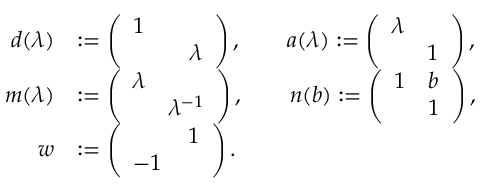
\begin{array} { r l } { d ( \lambda ) } & { : = \left( \begin{array} { l l } { 1 } & \\ & { \quad \lambda } \end{array} \right) , \qquad a ( \lambda ) : = \left( \begin{array} { l l } { \lambda } & \\ & { 1 } \end{array} \right) , } \\ { m ( \lambda ) } & { : = \left( \begin{array} { l l } { \lambda } & \\ & { \lambda ^ { - 1 } } \end{array} \right) , \qquad n ( b ) : = \left( \begin{array} { l l } { 1 } & { b } \\ & { 1 } \end{array} \right) , } \\ { w } & { : = \left( \begin{array} { l l } & { \, 1 } \\ { - 1 } & \end{array} \right) . } \end{array}